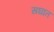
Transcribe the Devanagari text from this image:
सघात